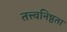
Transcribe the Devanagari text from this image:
तत्त्वनिष्ठता